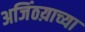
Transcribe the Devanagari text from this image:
अजिंठय़ाच्या